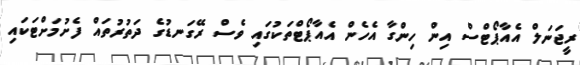
ރީޖަނަލް އެއާޕޯޓްސް އިން ހިންގާ އެހެން އެއާޕޯޓްތަކުގައި ވެސް ރޭގަނޑުގެ ދަތުރުތައް ފެށުމަށްޓަކައި